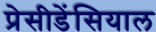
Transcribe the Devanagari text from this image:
प्रेसीडेंसियाल